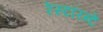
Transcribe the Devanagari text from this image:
रेस्टॉरन्टे